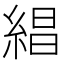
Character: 𬗡